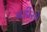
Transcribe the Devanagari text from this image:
बर्डीसो